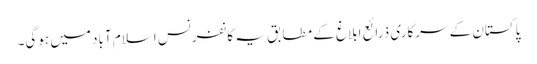
پاکستان کے سرکاری ذرائع ابلاغ کے مطابق یہ کانفرنس اسلام آباد میں ہوگی۔